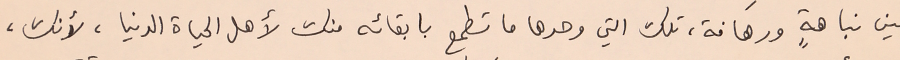
بين نباهةٍ ورهافة، تلك التي وحدها ما تطمع بابقائه منك لأهل الحياة الدنيا، لأنك،